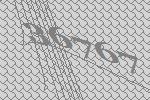
36767